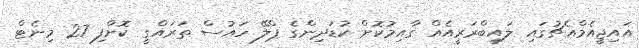
އައިޖީއެމްއެޗުގައި ލައިބްރަރީއެއް ގާއިމުކޮށް ކުޑަދިންގެ ޕްލޭ ހައުސް ތަރައްގީ ކޮށްފި 27 މިނެޓް